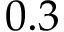
0 . 3